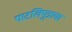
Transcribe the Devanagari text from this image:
पाटलिपुत्राचा